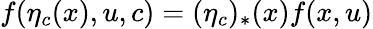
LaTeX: f(\eta_{c}(x),u,c)=(\eta_{c})_{*}(x)f(x,u)